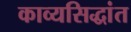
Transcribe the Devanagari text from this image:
काव्यसिद्धांत